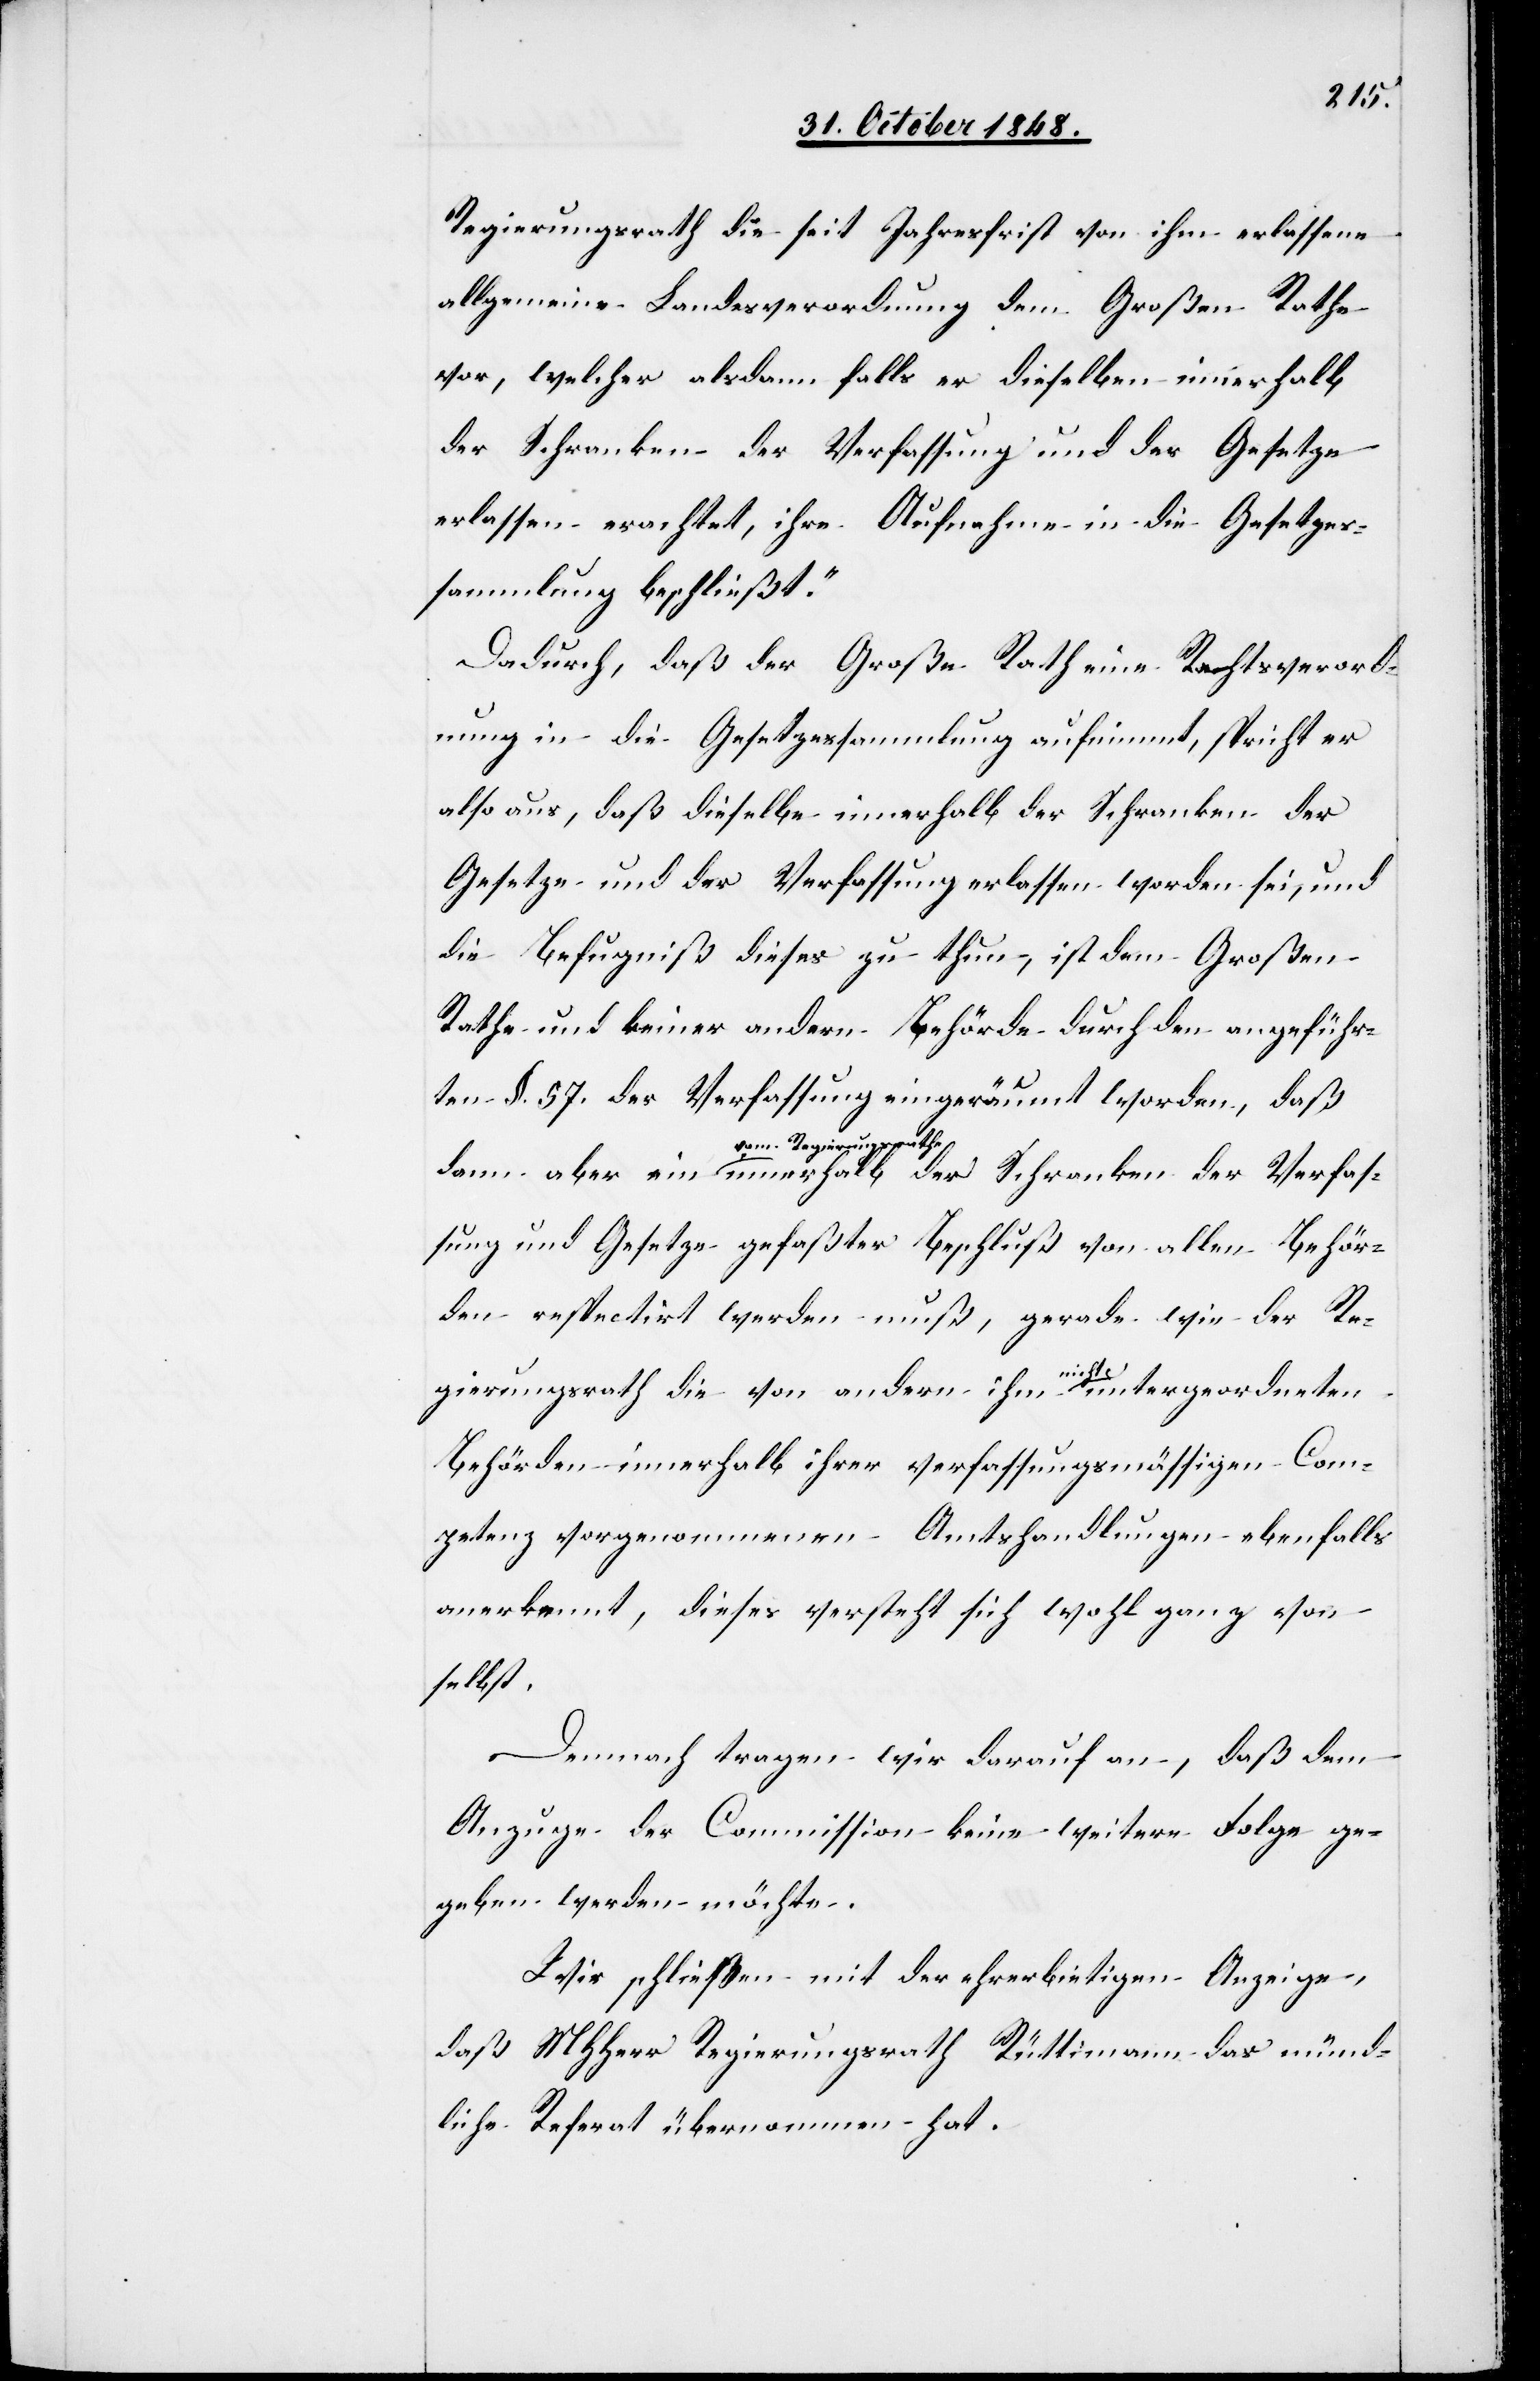
Behör¬
Regierungsrath die seit Jahresfrist von ihm erlassene
allgemeine Landesverordnung dem Großen Rathe
vor, welcher alsdann falls er dieselben innerhalb
der Schranken der Verfassung und Gesetze
erlassen erachtet, ihre Aufnahme in die Gesetzes¬
sammlung beschließt.“
Dadurch, daß der Große Rath eine Rechtsverord¬
nung in die Gesetzessammlung aufnimmt, spricht er
also aus, daß dieselbe innerhalb der Schranken der
Gesetze und der Verfassung erlassen worden sei, und
die Befugniß dieses zu thun, ist dem Große
Rathe und keiner andern Behörde durch den angeführ¬
ten §. 57. der Verfassung eingeräumt worden, daß
vom Regierungsrathe
den respectirt werden muß, gerade wie der Re¬
gierungsrath die von andern ihm nicht untergeordneten
Behörden innerhalb ihrer verfassungsmässigen Com¬
petenz vorgenommenen Amtshandlungen ebenfalls
anerkennt, dieses versteht sich wohl ganz von
selbst.
Demnach tragen wir darauf an, daß dem
Anzuge der Commission keine weitere Folge ge¬
geben werden möchte.
Wir schließen mit der ehrerbietigen Anzeige,
daß MHHerr Regierungsrath Rüttimann das münd¬
liche Referat übernommen hat.